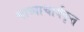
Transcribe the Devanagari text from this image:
माध्वाचार्यकृत